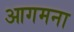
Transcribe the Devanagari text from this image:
आगमना